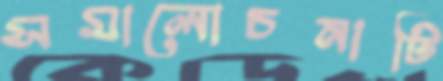
সমালোচনাটি